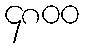
၄၈၀၀